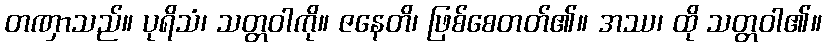
တဏှာသည်။ ပုရိသံ၊ သတ္တဝါကို။ ဇနေတိ၊ ဖြစ်စေတတ်၏။ အဿ၊ ထို သတ္တဝါ၏။